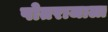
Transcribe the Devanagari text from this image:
पोतराजाला